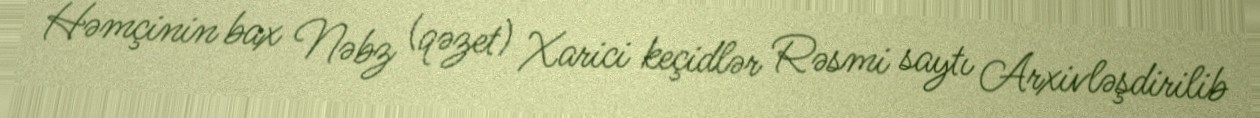
Həmçinin bax Nəbz (qəzet) Xarici keçidlər Rəsmi saytı Arxivləşdirilib